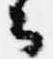
云